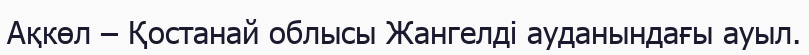
Ақкөл – Қостанай облысы Жангелді ауданындағы ауыл.